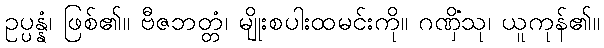
ဥပ္ပန္နံ၊ ဖြစ်၏။ ဗီဇဘတ္တံ၊ မျိုးစပါးထမင်းကို။ ဂဏှိံသု၊ ယူကုန်၏။